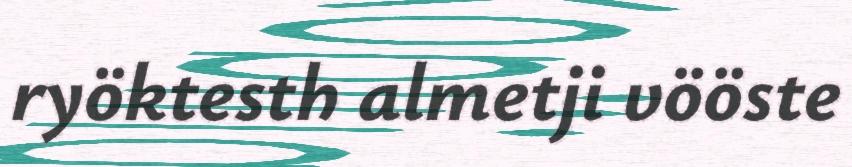
ryöktesth almetji vööste